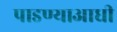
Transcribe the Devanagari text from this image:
पाडण्याआधी